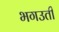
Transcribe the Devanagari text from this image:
भगउती